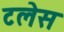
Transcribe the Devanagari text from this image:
टलेस